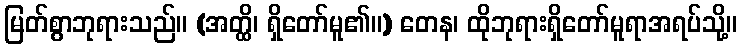
မြတ်စွာဘုရားသည်။ (အတ္ထိ၊ ရှိတော်မူ၏။) တေန၊ ထိုဘုရားရှိတော်မူရာအရပ်သို့။